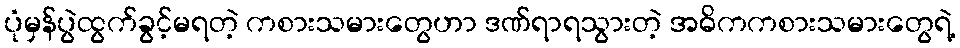
ပုံမှန်ပွဲထွက်ခွင့်မရတဲ့ ကစားသမားတွေဟာ ဒဏ်ရာရသွားတဲ့ အဓိကကစားသမားတွေရဲ့